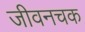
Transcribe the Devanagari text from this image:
जीवनचक